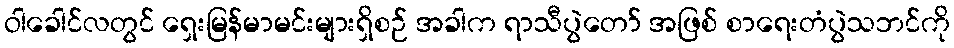
ဝါခေါင်လတွင် ရှေးမြန်မာမင်းများရှိစဉ် အခါက ရာသီပွဲတော် အဖြစ် စာရေးတံပွဲသဘင်ကို